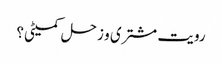
رویت مشتری و زحل کمیٹی؟